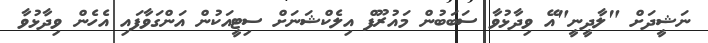
ނަޝީދަށް "ލާދީނީ"އޭ ވިދާޅުވާ ސަބަބުން މައުރޫފް އިލެކްޝަނަށް ސިޓީއަކުން އަންގަވާފައި އެހެން ވިދާޅުވާ